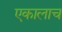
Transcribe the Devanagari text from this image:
एकालाच